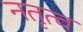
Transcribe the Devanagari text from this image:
नतृत्व